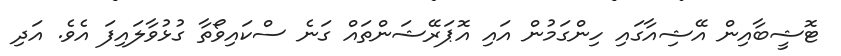
ޓޮޝީބާއިން އޭޝިއާގައި ހިންގަމުން އައި އޮޕަރޭޝަންތައް ގަނެ ސްކައިވޯތާ ގުޅުވާލައިފަ އެވެ. އަދި